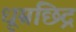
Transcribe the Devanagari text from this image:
धूम्रछिद्र